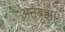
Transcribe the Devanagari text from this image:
अनबूझा